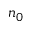
n _ { 0 }